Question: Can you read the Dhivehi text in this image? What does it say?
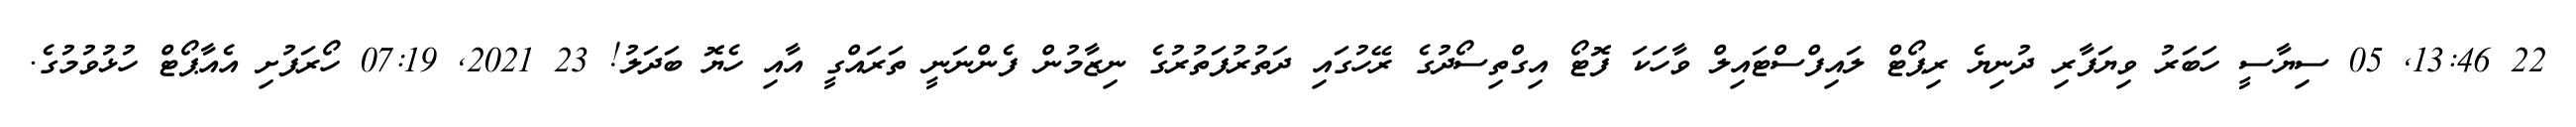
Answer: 22 13:46, 05 ސިޔާސީ ހަބަރު ވިޔަފާރި ދުނިޔެ ރިޕޯޓް ލައިފްސްޓައިލް ވާހަކަ ފޮޓޯ އިގްތިސޯދުގެ ރޭހުގައި ދަތުރުފަތުރުގެ ނިޒާމުން ފެންނަނީ ތަރައްގީ އާއި ހެޔޮ ބަދަލު! 23 2021, 07:19 ހޯރަފުށި އެއާޕޯޓް ހުޅުވުމުގެ.